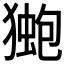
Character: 𭸤